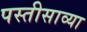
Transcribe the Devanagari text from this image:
पस्तीसाव्या